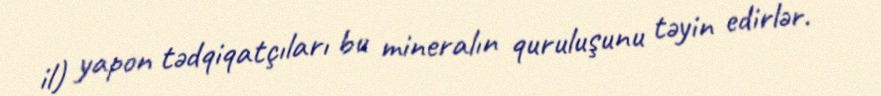
il) yapon tədqiqatçıları bu mineralın quruluşunu təyin edirlər.